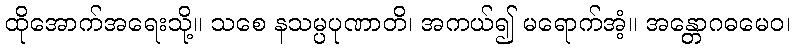
ထိုအောက်အရေးသို့။ သစေ နသမ္ပပုဏာတိ၊ အကယ်၍ မရောက်အံ့။ အန္တောဂဓမေဝ၊